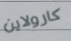
كارولاين